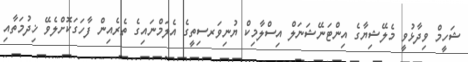
ޝަހީމް ވިދާޅުވީ މެލޭޝިޔާގެ އިންޓަނޭޝަނަލް އިސްލާމިކް ޔުނިވަރސިތީގެ އެލަމްނައިގެ ތެރެއިން ފާހަގަކޮށްލެވޭ ޚިދުމަތާއި